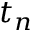
t _ { n }